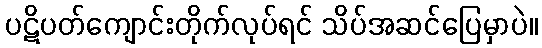
ပဋိပတ်ကျောင်းတိုက်လုပ်ရင် သိပ်အဆင်ပြေမှာပဲ။